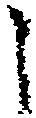
こ